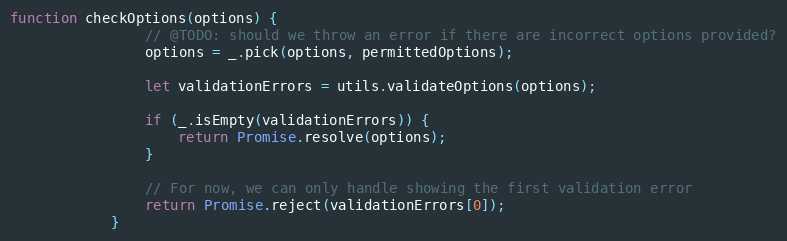
Language: JavaScript
function checkOptions(options) {
                // @TODO: should we throw an error if there are incorrect options provided?
                options = _.pick(options, permittedOptions);

                let validationErrors = utils.validateOptions(options);

                if (_.isEmpty(validationErrors)) {
                    return Promise.resolve(options);
                }

                // For now, we can only handle showing the first validation error
                return Promise.reject(validationErrors[0]);
            }